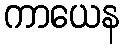
ကာယေန